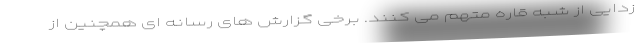
زدایی از شبه قاره متهم می کنند. برخی گزارش های رسانه ای همچنین از